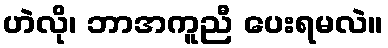
ဟဲလို၊ ဘာအကူညီ ပေးရမလဲ။